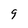
Character: 9